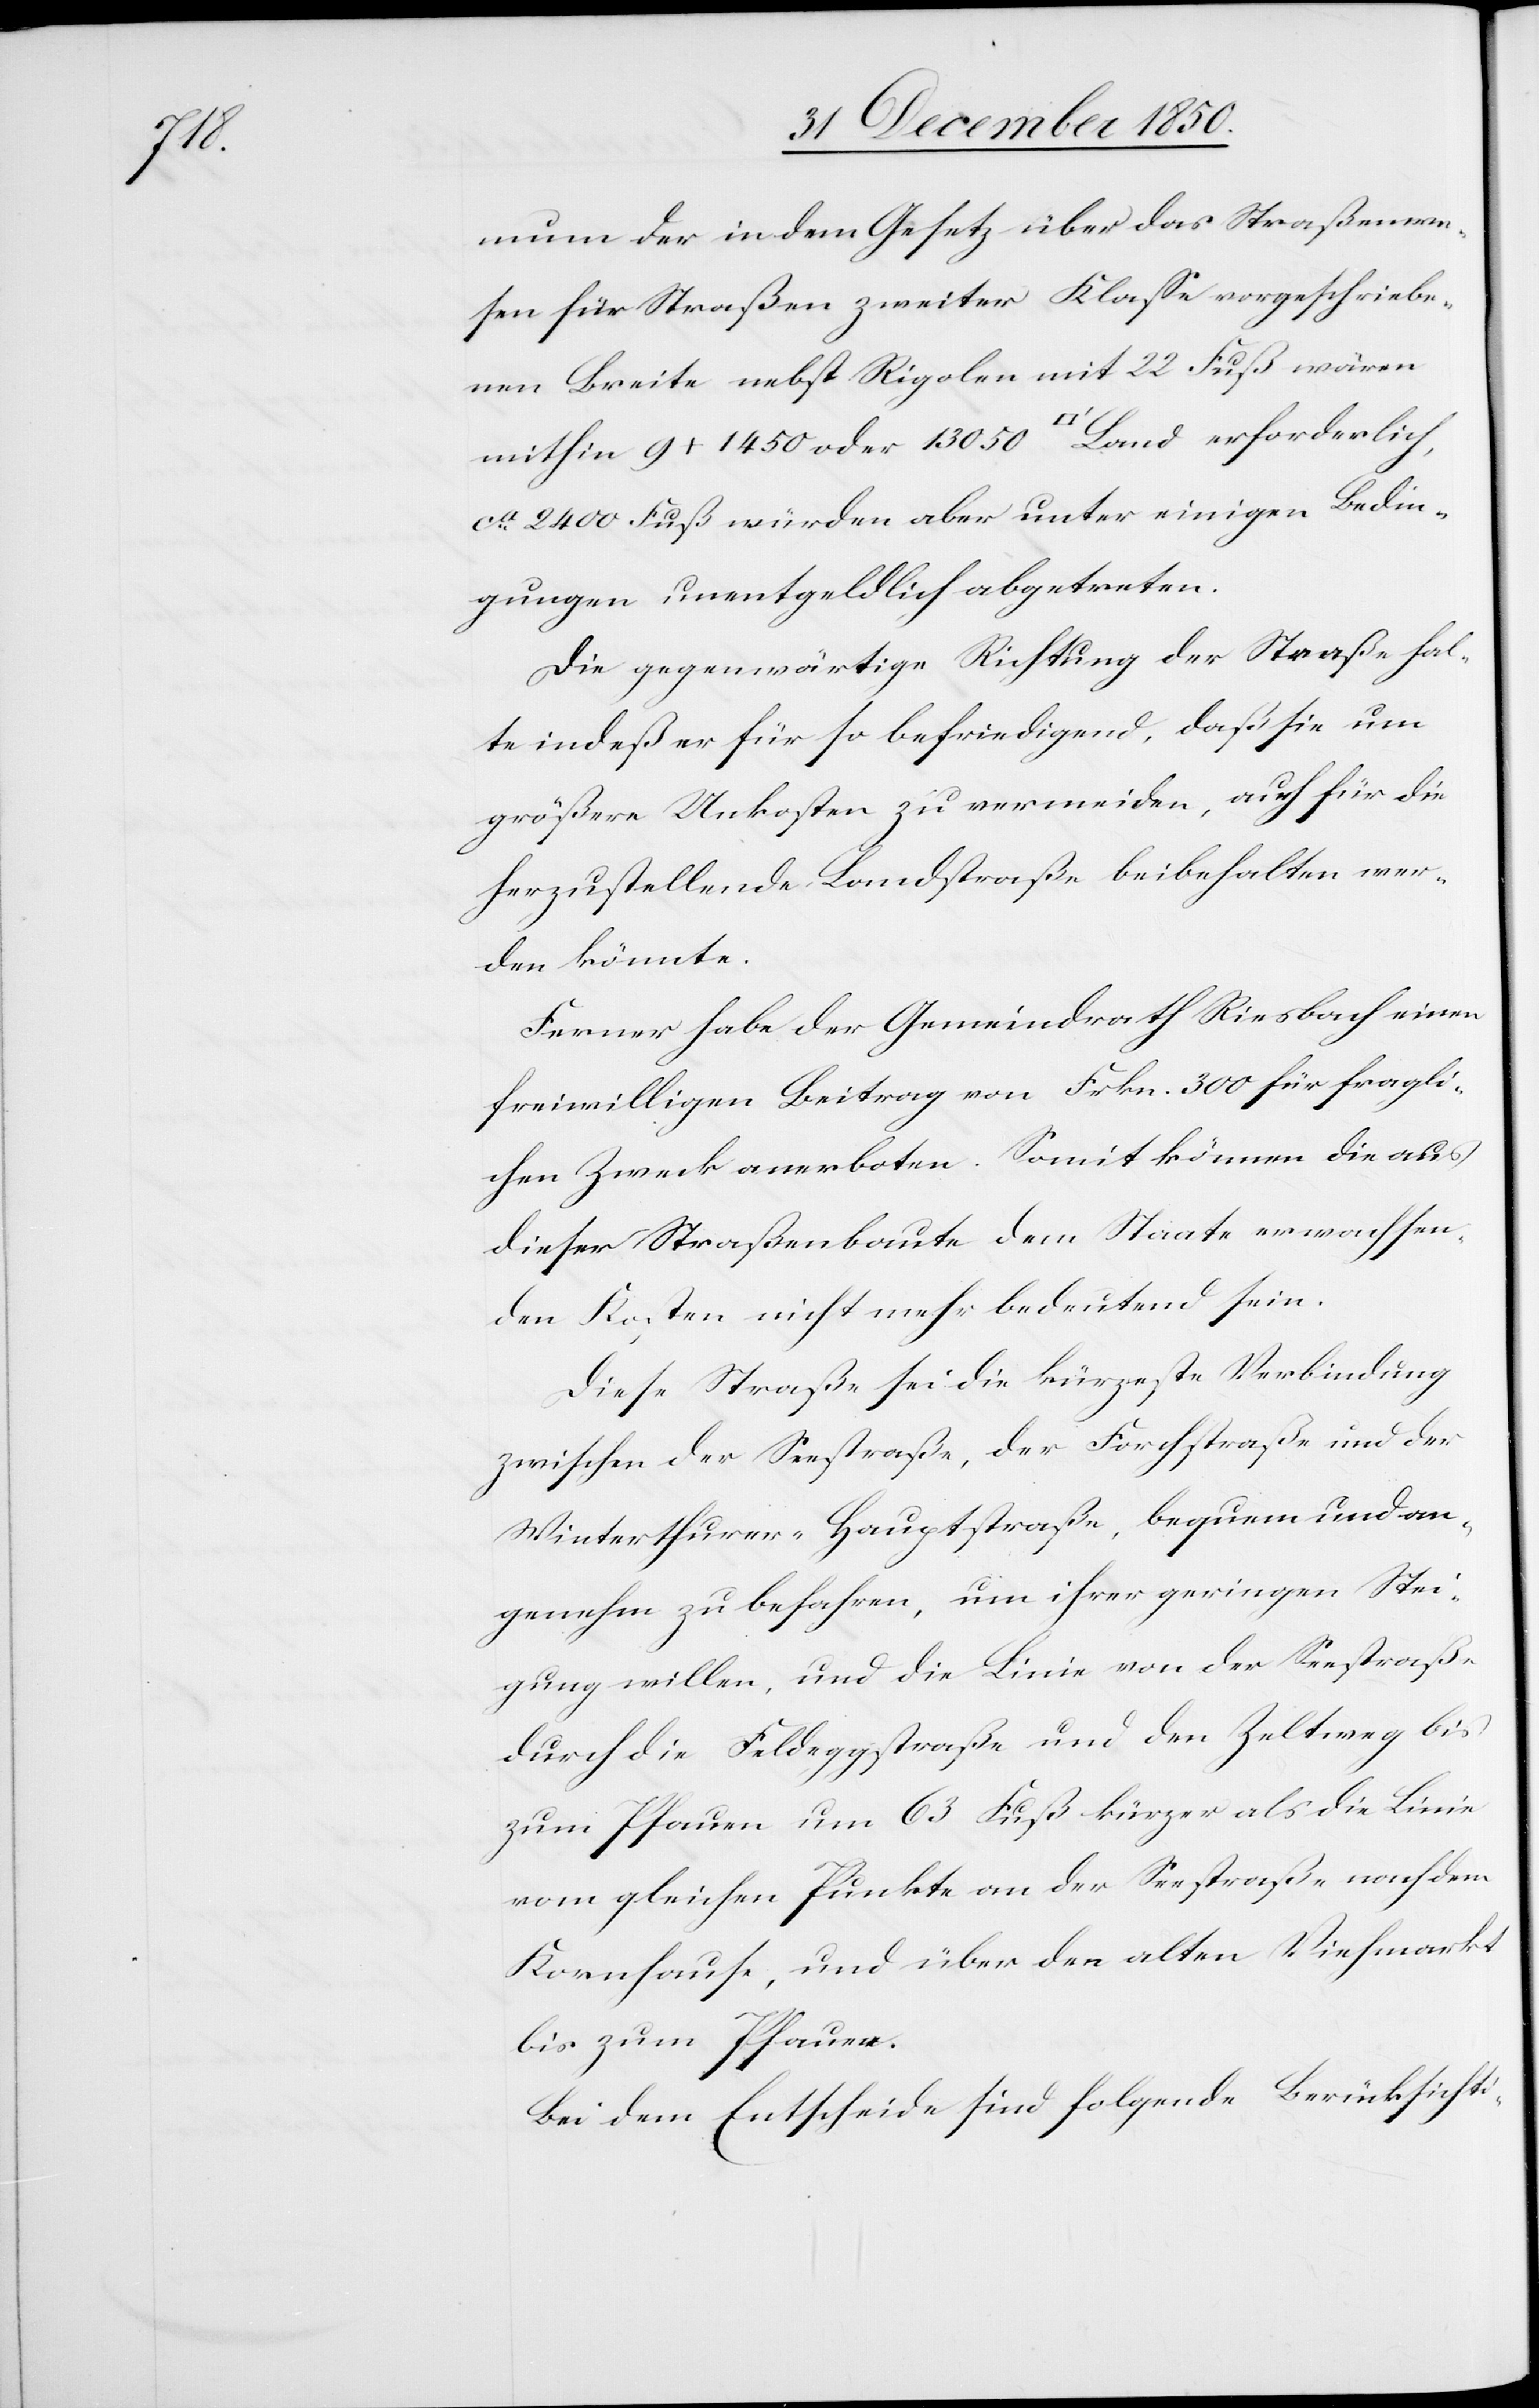
mum der in dem Gesetz über das Straßenwe¬
sen für Straßen zweiter Klasse vorgeschriebe¬
nen Breite nebst Rigolen mit 22 Fuß wären
mithin 9 x 1450 oder 13 050 [Quadratfuss] Land erforderlich,
ca 2400 Fuß würden aber unter einigen Bedin¬
gungen unentgeldlich abgetreten.
Die gegenwärtige Richtung der Straße hal¬
te indeß er für so befriedigend, daß sie um
größere Unkosten zu vermeiden, auch für die
herzustellende Landstraße beibehalten wer¬
den könnte.
Ferner habe der Gemeindrath Riesbach einen
freiwilligen Beitrag von Frkn. 300 für fragli¬
chen Zweck anerboten. Somit können die aus
dieser Straßenbaute dem Staate erwachsen¬
den Kosten nicht mehr bedeutend sein.
Diese Straße sei die kürzeste Verbindung
zwischen der Seestraße, der Forchstraße und der
Winterthurer-Hauptstraße, bequem und an¬
genehm zu befahren, um ihrer geringen Stei¬
gung willen, und die Linie von der Seestraße
durch die Feldeggstraße und den Zeltweg bis
zum Pfauen um 63 Fuß kürzer als die Linie
vom gleichen Punkte an der Seestraße nach dem
Kornhause, und über den alten Viehmarkt
bis zum Pfauen.
Bei dem Entscheide sind folgende Berücksichti-